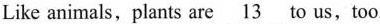
Like animals, plants are \underline{13} to us,too.